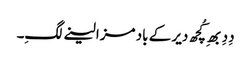
دِدِ بھِ کُچھ دیر کے باد مزا لینے لگِ۔